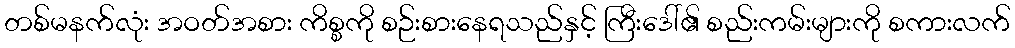
တစ်မနက်လုံး အဝတ်အစား ကိစ္စကို စဉ်းစားနေရသည်နှင့် ကြီးဒေါ်၏ စည်းကမ်းများကို စကားလက်